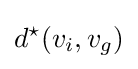
d^{\star }(v_{i},v_{g})